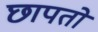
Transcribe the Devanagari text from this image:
छापतो